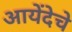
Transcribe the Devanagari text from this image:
आयेंदेचे